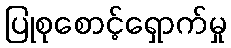
ပြုစုစောင့်ရှောက်မှု